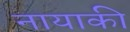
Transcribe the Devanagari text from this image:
नायाकी